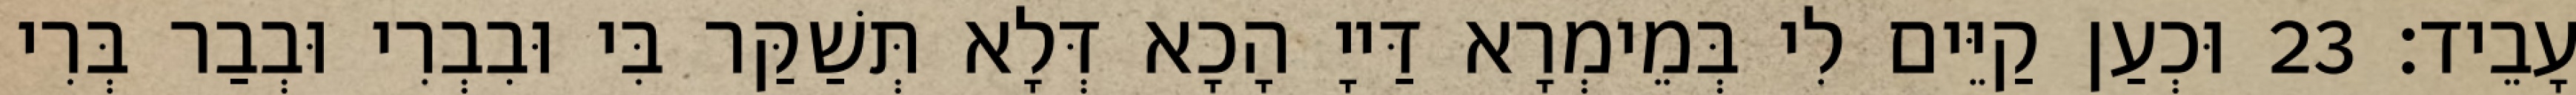
עָבֵיד׃ 23 וּכְעַן קַיֵּים לִי בְּמֵימְרָא דַּייָ הָכָא דְּלָא תְּשַׁקַּר בִּי וּבִבְרִי וּבְבַר בְּרִי